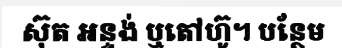
ស៊ុត អន្ទង់ ឬតៅហ៊ូ។ បន្ថែម